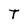
Character: T